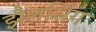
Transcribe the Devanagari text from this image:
झैलसिंग